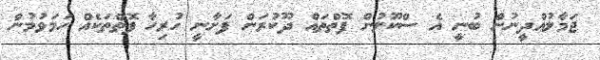
ޖަމާލުއްދީނުން ބުނީ އެ ސްކޫލުން ފޮތްތައް ދޫކުރަން ފަށާނީ ހުރިހާ ފޮތްތަކެއް ހަމަވުމުން